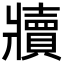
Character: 𬌏